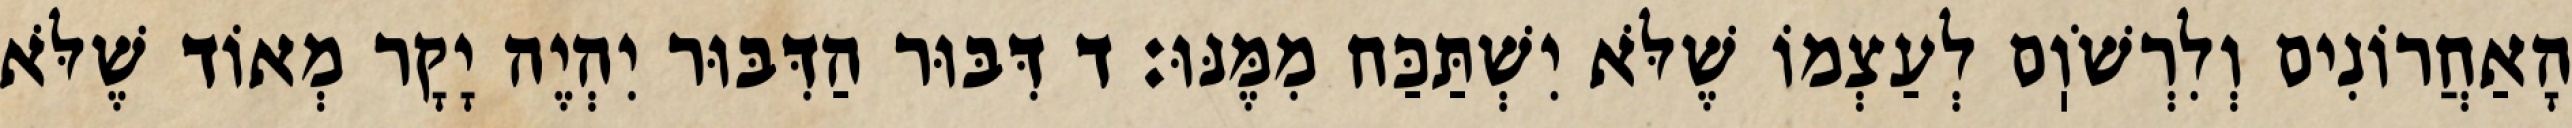
הָאַחֲרוֹנִים וְלִרְשֹׁוֽם לְעַצְמוֹ שֶׁלֹּא יִשְׁתַּכַּח מִמֶּנּוּ: ד דִּבּוּר הַדִּבּוּר יִהְיֶה יָקָר מְאוֹד שֶׁלֹּא